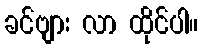
ခင်ဗျား လာ ထိုင်ပါ။